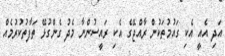
އަދި އެއީ އެކި ގައުމުތަކުން ރާއްޖޭގެ އެކި ރައީސުންނާ މެދު ގެންގުޅޭ ތަފާތުކުރުމެއް